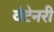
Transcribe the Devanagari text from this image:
वेटेनरी